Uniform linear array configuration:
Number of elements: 16
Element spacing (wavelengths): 0.75
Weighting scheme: uniform
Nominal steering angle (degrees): -15
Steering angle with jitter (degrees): -15.649
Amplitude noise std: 0.05
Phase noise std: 0.05

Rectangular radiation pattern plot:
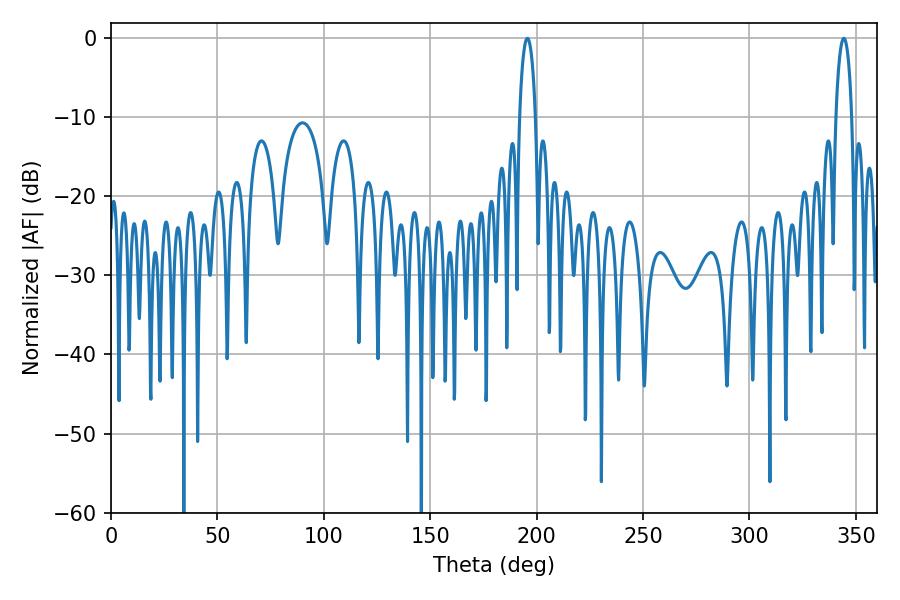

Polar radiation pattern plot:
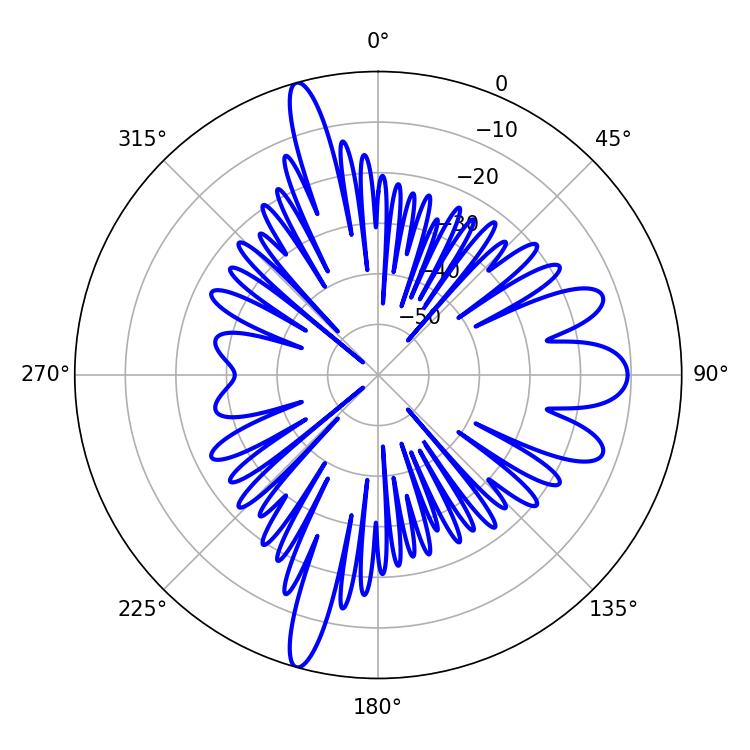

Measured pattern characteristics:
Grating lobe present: TRUE
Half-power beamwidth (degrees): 4.32
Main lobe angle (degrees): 195.66